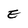
Character: E